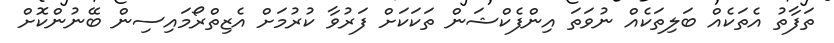
ތަފާތު އެތަކެއް ބަލިތަކެއް ނުވަތަ އިންފެކްޝަން ތަކަކަށް ފަރުވާ ކުރުމަށް އެޒިތްރޯމައިސިން ބޭނުންކޮށް